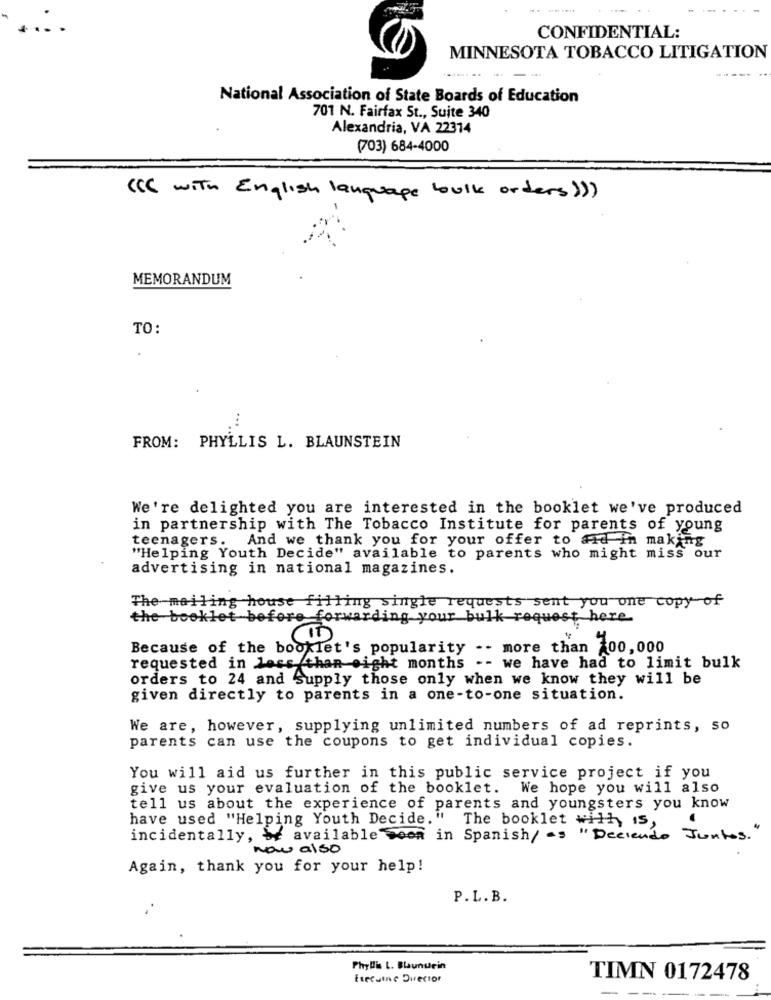
---
CONFIDENTIAL:
MINNESOTA TOBACCO LITIGATION
-----
National Association of State Boards of Education
701 N. Fairfax St ., Suite 340
Alexandria, VA 22314
(703) 684-4000
((( with English language bulk orders)))
MEMORANDUM
TO:
FROM: PHYLLIS L. BLAUNSTEIN
We're delighted you are interested in the booklet we've produced
in partnership with The Tobacco Institute for parents of young
teenagers.
And we thank you for your offer to aid in making
"Helping Youth Decide" available to parents who might miss our
advertising in national magazines.
The mailing house filling single requests sent you one copy of
the booklet before forwarding your bulk request here
Because of the booklet's popularity -- more than 00,000
requested in less than eight months -- we have had to limit bulk
orders to 24 and Supply those only when we know they will be
given directly to parents in a one-to-one situation.
We are, however, supplying unlimited numbers of ad reprints, so
parents can use the coupons to get individual copies.
You will aid us further in this public service project if you
give us your evaluation of the booklet. We hope you will also
tell us about the experience of parents and youngsters you know
have used "Helping Youth Decide." The booklet with is,
incidentally, be available Soon in Spanish/ as "Deciendo Juntos. "
now also
Again, thank you for your help!
P.L.B.
Phyllis L. Blaunurin
Execuine Duector
TIMN 0172478